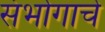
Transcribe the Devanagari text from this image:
संभोगाचे